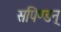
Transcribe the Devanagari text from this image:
सपिण्डन्